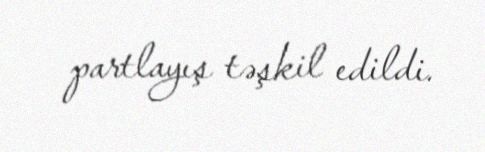
partlayış təşkil edildi.